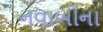
નવાબોના